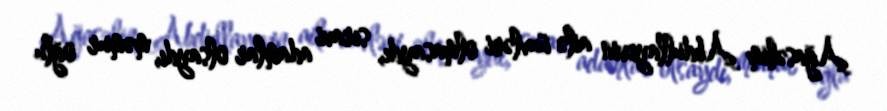
Ağasəlim Abdullayevin ailə üzvləri olmasaydı, sıravi adamlar olsaydı, məmur oğlu